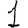
Digit: 1